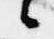
候